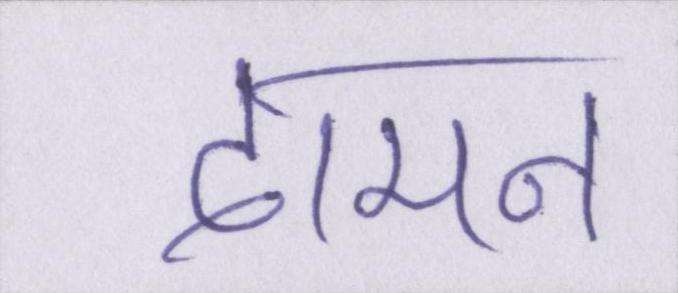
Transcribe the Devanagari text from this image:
दामन